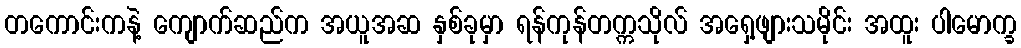
တကောင်းကနဲ့ ကျောက်ဆည်က အယူအဆ နှစ်ခုမှာ ရန်ကုန်တက္ကသိုလ် အရှေ့ဖျားသမိုင်း အထူး ပါမောက္ခ